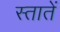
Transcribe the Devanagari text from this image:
स्तातें